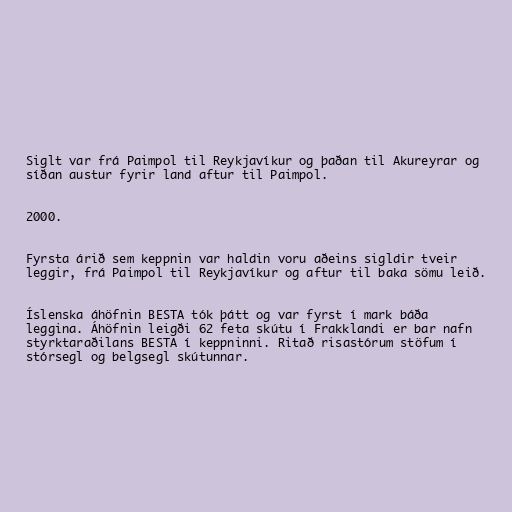
Siglt var frá Paimpol til Reykjavíkur og þaðan til Akureyrar og
síðan austur fyrir land aftur til Paimpol.

2000.

Fyrsta árið sem keppnin var haldin voru aðeins sigldir tveir
leggir, frá Paimpol til Reykjavíkur og aftur til baka sömu leið.

Íslenska áhöfnin BESTA tók þátt og var fyrst í mark báða
leggina. Áhöfnin leigði 62 feta skútu í Frakklandi er bar nafn
styrktaraðilans BESTA í keppninni. Ritað risastórum stöfum í
stórsegl og belgsegl skútunnar.